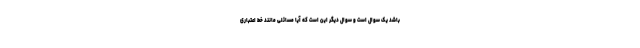
باشد یک سوال است و سوال دیگر این است که آیا مسائلی مانند خط اعتباری